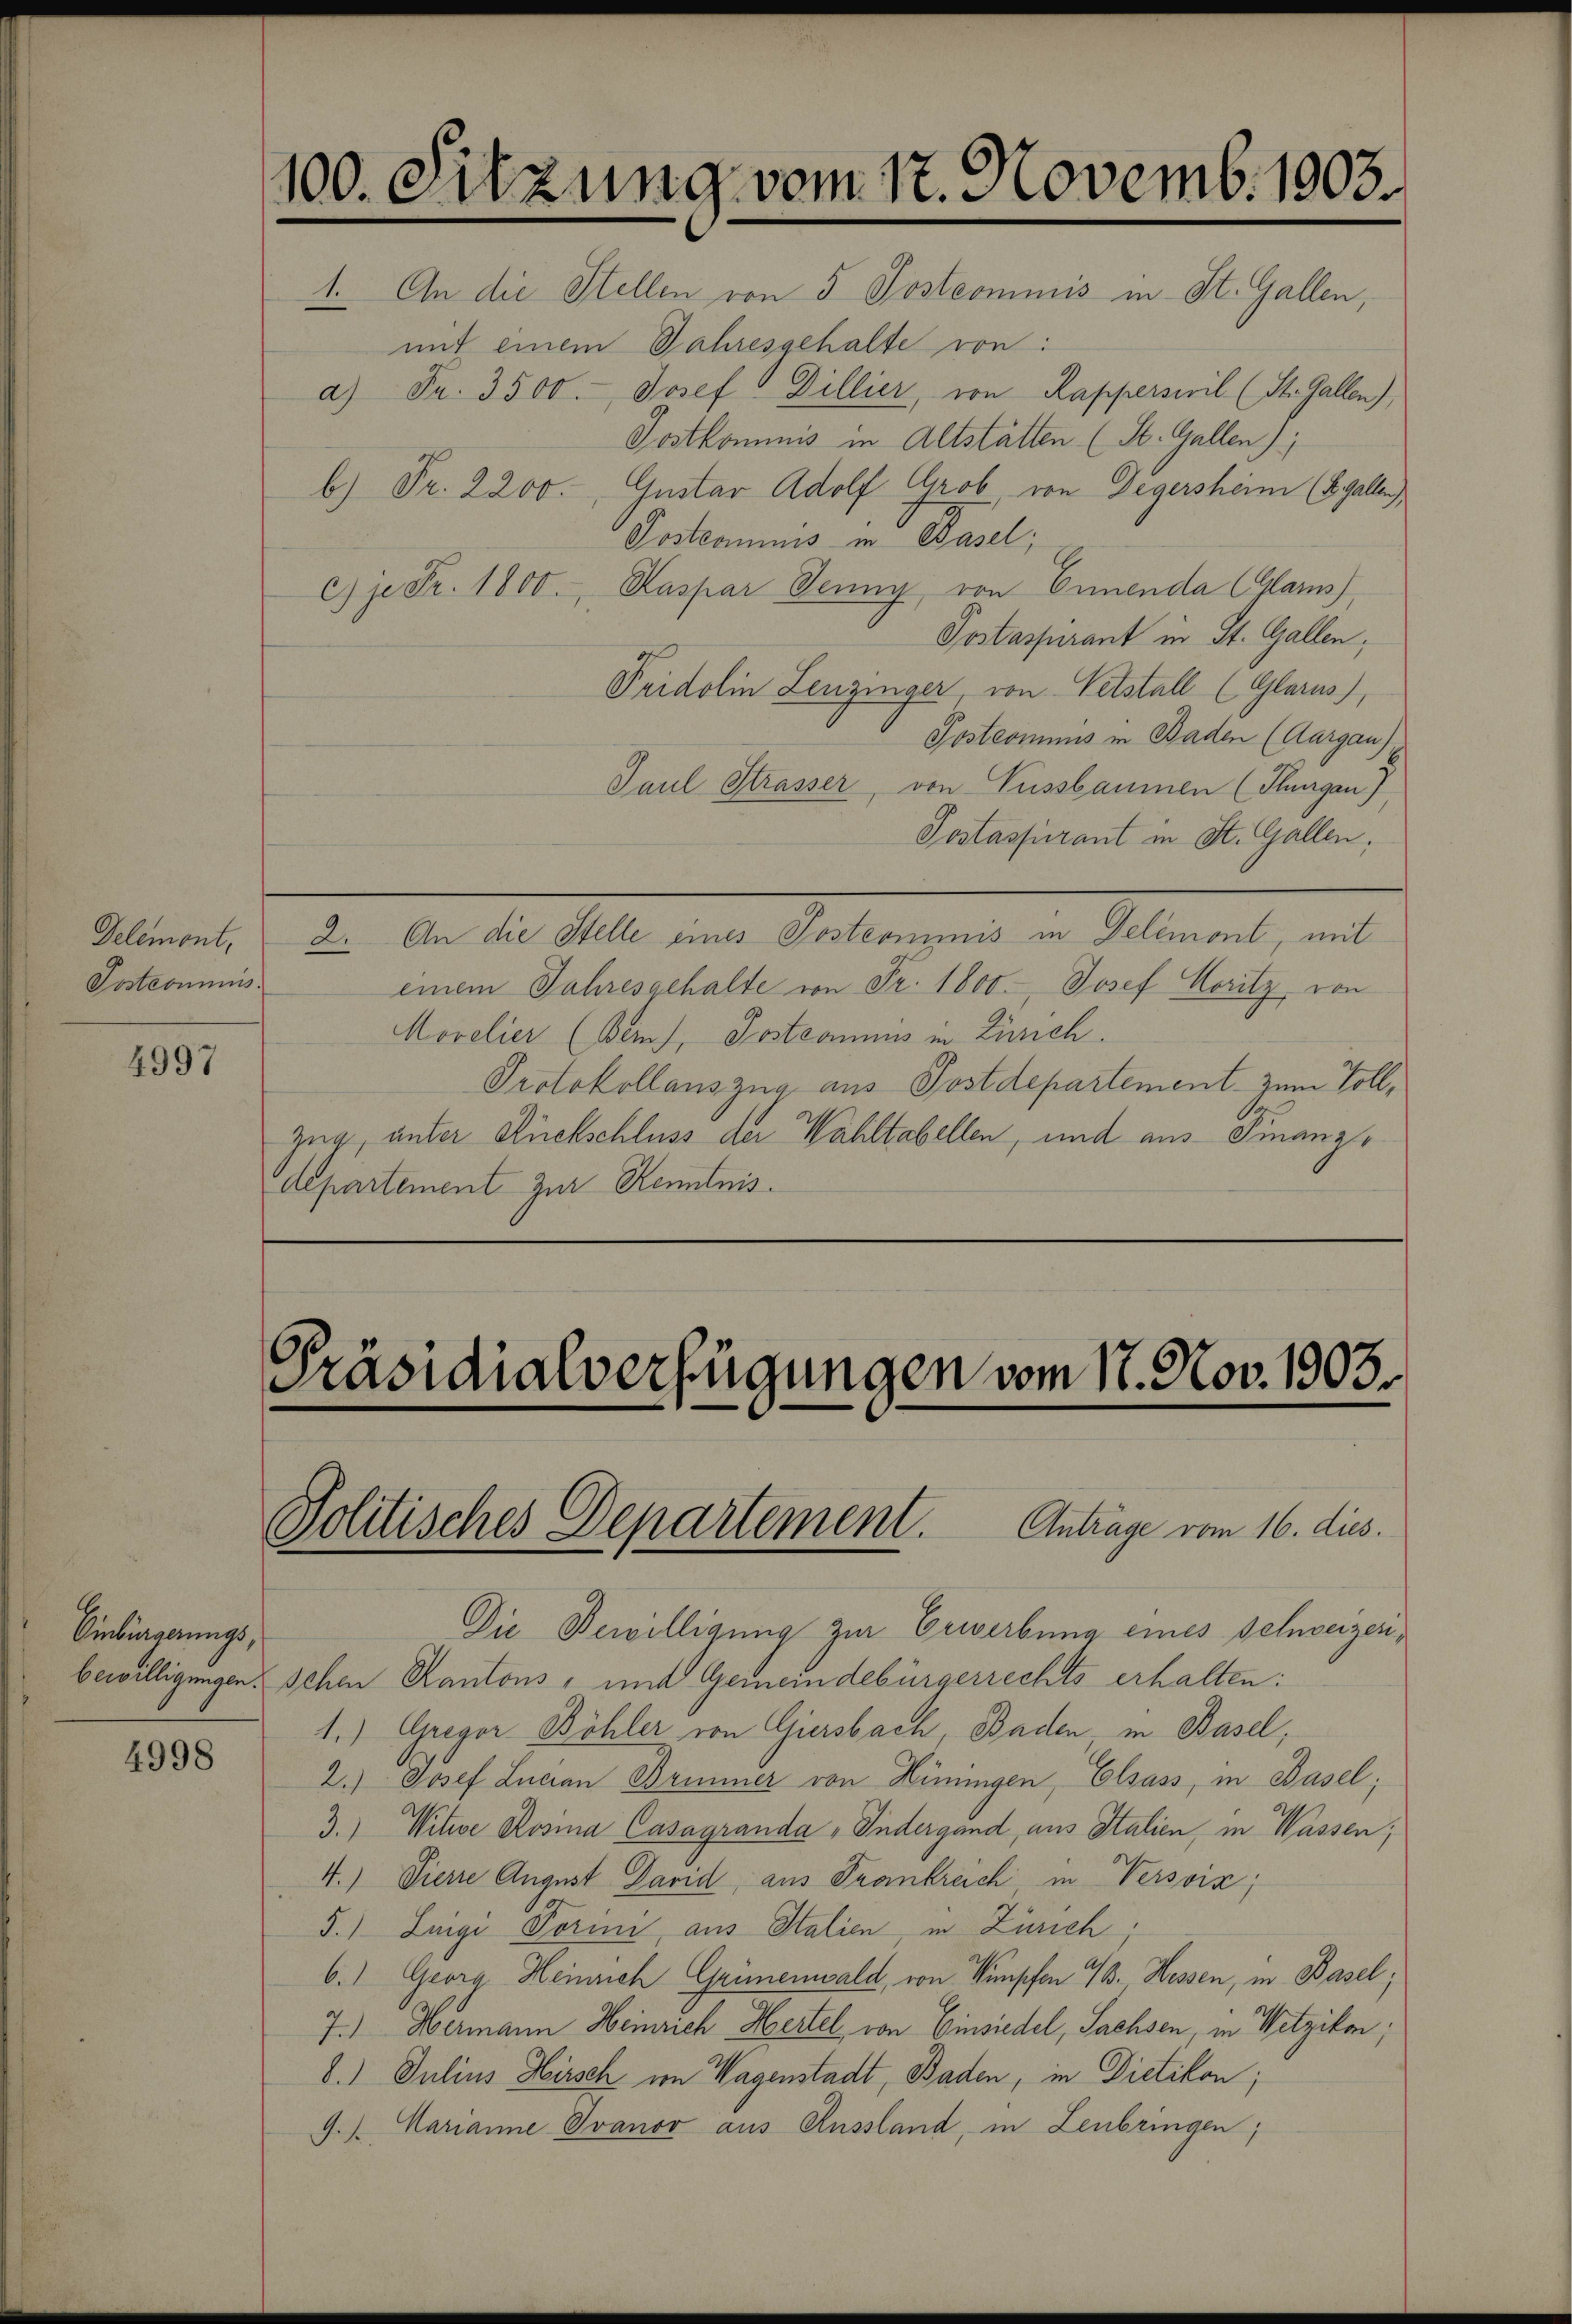
Delemont,
Postcommis

4997

Einbürgerungs,

4998

100. Sitzung vom 17. Novemb. 1903.

1. An die Stellen von 5 Postcommis in St. Gallen,
mit einem Jahresgehalte von:
a) Fr. 3500.- Josef Dillier, von Rapperswil (St. Gallen),
Postkommnis in Altstätten (St. Gallen);
b) Fr. 2200. Gustav Adolf Grob von Degersheim (S. Gallen)
Posteamus in Basel;
c) je Fr. 1800. Kaspar Jenny von Ernenda (Glarus),
Postassurant in St. Gallen,
Pridolin Lenzinger, von Petstall (Glarus),
Postcommis in Baden (Aargau)
Paul Strasser, von Nussbaumen (Thurgau),
Postassurant in St. Gallen.
2. An die Stelle eines Postcommis in Delémont, mit
einem Jahresgehalte von Fr. 1800. Josef Moritz, von
Morelier (Beins, Postcommiss in Zürich.
Protokollauszug aus Postdepartement zum Voll¬
Zug, unter Rückschluss der Wahltabellen, und aus Finanzdepartement zur Kenntnis.

Präsidialverfügungen vom 17. Nov. 1903.
Politisches Departement. Antrage vom 16. dies.

Die Bewilligung zur Erwerbung eines Selnveizeribewilligungen. Schen Kantons, mit Gemeindebürgerrechts erhalten:
1.) Gregor Böhler von Giersbach, Baden, in Basel,
2.) Josef Lucian Brimmer von Hüningen, Elsass, in Basel;
3.) Witwe Rosina Casagranda „Jedergand, aus Italien, in Wassen,
4.) Vierre August David aus Frankreich in Versoin;
5.) Luigi Porini, aus Italien, in Zürich;
6.) Georg Heinrich Grünenwald, von Kupfen 1. Hessen, in Basel;
7.) Hermann Heinrich Hertel von Einsiedel, Sachsen, in Wetzikon,
8.) Julius Hirsch von Wagenstadt, Baden, in Dietikon;
9.). Marianne Ivanov aus Aussland, in Leubringen;